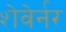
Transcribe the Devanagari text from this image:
शेवेर्नर